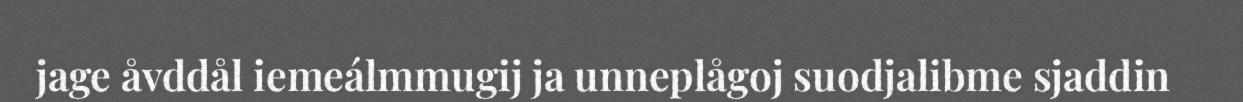
jage åvddål iemeálmmugij ja unneplågoj suodjalibme sjaddin